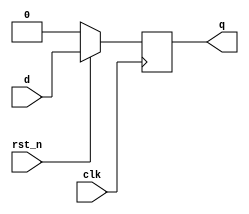
//
// Called 
module d_ff_r_syn(
    input clk, rst_n, d,
    output reg q);
    always @ (posedge clk)
    begin
        if (rst_n == 0)
            q <= 1'b0;
        else 
            q <= d;
    end
endmodule

/*
 begin end if else 
 begin/end
 begin/end  always  
if else  
1b0
 1bit  0
*/